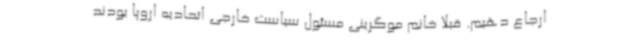
ارجاع دهیم. قبلا خانم موگرینی مسئول سیاست خارجی اتحادیه اروپا بودند